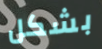
بشكل